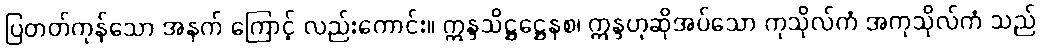
ပြတတ်ကုန်သော အနက် ကြောင့် လည်းကောင်း။ ဣန္ဒသိဋ္ဌဋ္ဌေနစ၊ ဣန္ဒဟုဆိုအပ်သော ကုသိုလ်ကံ အကုသိုလ်ကံ သည်